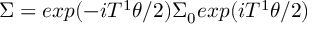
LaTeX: \Sigma = e x p ( - i T ^ { 1 } \theta / 2 ) \Sigma _ { 0 } e x p ( i T ^ { 1 } \theta / 2 )